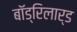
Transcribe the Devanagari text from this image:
बॉड्रिलार्ड